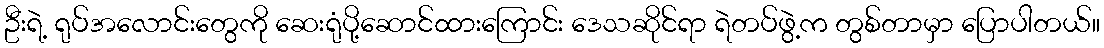
ဦးရဲ့ ရုပ်အလောင်းတွေကို ဆေးရုံပို့ဆောင်ထားကြောင်း ဒေသဆိုင်ရာ ရဲတပ်ဖွဲ့က တွစ်တာမှာ ပြောပါတယ်။